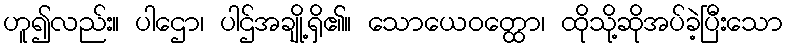
ဟူ၍လည်း။ ပါဌော၊ ပါဌ်အချို့ရှိ၏။ သောယေဝတ္ထော၊ ထိုသို့ဆိုအပ်ခဲ့ပြီးသော